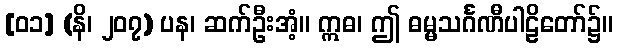
[၀၁] (နိ၊ ၂၀၇) ပန၊ ဆက်ဦးအံ့။ ဣဓ၊ ဤ ဓမ္မသင်္ဂဏီပါဠိတော်၌။